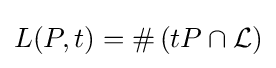
L(P,t)=\#\left(tP\cap {\mathcal {L}}\right)